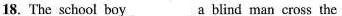
18. The school boy ___a blind man cross the